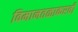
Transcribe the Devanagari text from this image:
विमानतळाकरवी